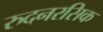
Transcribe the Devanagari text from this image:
रुदनरसिक